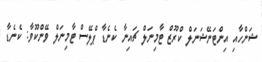
ޝަންހާއި އިންޓަނޭޝަނަލް ކްރޫޒް ޓާމިނަލް ޗައިނާ ކެނެޑާ ޕްލޭސް ޓާމިނަލް ވޭންކޫވާ: ކެނެޑާ